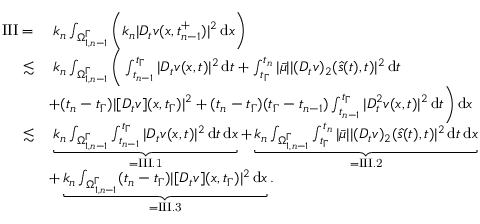
\begin{array} { r l } { \mathrm { I I I } = } & { \; k _ { n } \int _ { \Omega _ { 1 , n - 1 } ^ { \Gamma } } \bigg ( k _ { n } | D _ { t } v ( x , t _ { n - 1 } ^ { + } ) | ^ { 2 } \, \mathrm { d } x \bigg ) } \\ { \lesssim } & { \; k _ { n } \int _ { \Omega _ { 1 , n - 1 } ^ { \Gamma } } \bigg ( \int _ { t _ { n - 1 } } ^ { t _ { \Gamma } } | D _ { t } v ( x , t ) | ^ { 2 } \, \mathrm { d } t + \int _ { t _ { \Gamma } } ^ { t _ { n } } | \bar { \mu } | | ( D _ { t } v ) _ { 2 } ( \hat { s } ( t ) , t ) | ^ { 2 } \, \mathrm { d } t } \\ & { + ( t _ { n } - t _ { \Gamma } ) | [ D _ { t } v ] ( x , t _ { \Gamma } ) | ^ { 2 } + ( t _ { n } - t _ { \Gamma } ) ( t _ { \Gamma } - t _ { n - 1 } ) \int _ { t _ { n - 1 } } ^ { t _ { \Gamma } } | D _ { t } ^ { 2 } v ( x , t ) | ^ { 2 } \, \mathrm { d } t \bigg ) \, \mathrm { d } x } \\ { \lesssim } & { \; \underbrace { k _ { n } \int _ { \Omega _ { 1 , n - 1 } ^ { \Gamma } } \int _ { t _ { n - 1 } } ^ { t _ { \Gamma } } | D _ { t } v ( x , t ) | ^ { 2 } \, \mathrm { d } t \, \mathrm { d } x } _ { = \mathrm { I I I . 1 } } + \underbrace { k _ { n } \int _ { \Omega _ { 1 , n - 1 } ^ { \Gamma } } \int _ { t _ { \Gamma } } ^ { t _ { n } } | \bar { \mu } | | ( D _ { t } v ) _ { 2 } ( \hat { s } ( t ) , t ) | ^ { 2 } \, \mathrm { d } t \, \mathrm { d } x } _ { = \mathrm { I I I . 2 } } } \\ & { + \underbrace { k _ { n } \int _ { \Omega _ { 1 , n - 1 } ^ { \Gamma } } ( t _ { n } - t _ { \Gamma } ) | [ D _ { t } v ] ( x , t _ { \Gamma } ) | ^ { 2 } \, \mathrm { d } x } _ { = \mathrm { I I I . 3 } } . } \end{array}